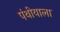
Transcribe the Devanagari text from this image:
पंथीयाला